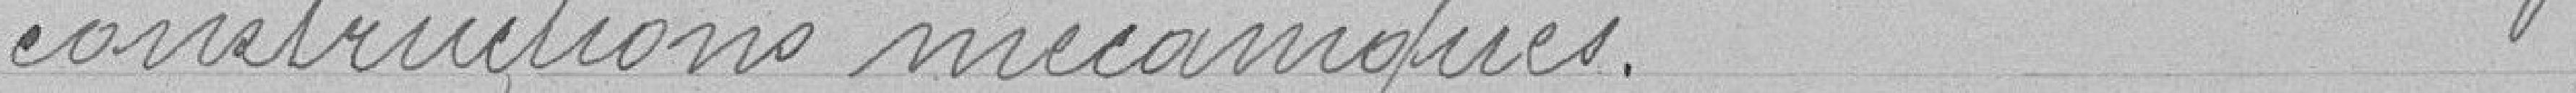
constructions mécaniques.